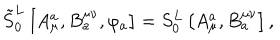
LaTeX: \tilde { S } _ { 0 } ^ { L } \left[ A _ { \mu } ^ { a } , B _ { a } ^ { \mu \nu } , \varphi _ { a } \right] = S _ { 0 } ^ { L } \left[ A _ { \mu } ^ { a } , B _ { a } ^ { \mu \nu } \right] ,